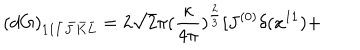
( d G ) _ { 1 1 \bar { I } \bar { J } \bar { K } \bar { L } } = 2 \sqrt { 2 } \pi ( \frac { \kappa } { 4 \pi } ) ^ { \frac { 2 } { 3 } } [ J ^ { ( 0 ) } \delta ( x ^ { 1 1 } ) +